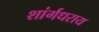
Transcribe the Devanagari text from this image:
शांर्गधराय